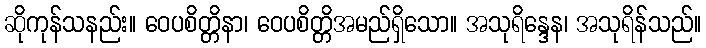
ဆိုကုန်သနည်း။ ဝေပစိတ္တိနာ၊ ဝေပစိတ္တိအမည်ရှိသော။ အသုရိန္ဒေန၊ အသုရိန်သည်။